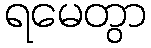
ရမေတွာ